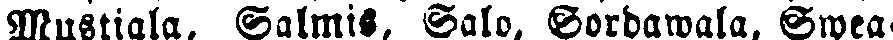
Mustiala, Salmis, Salo, Sordawala, Swea-